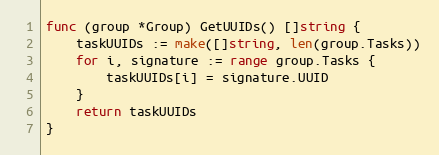
Language: Go
func (group *Group) GetUUIDs() []string {
	taskUUIDs := make([]string, len(group.Tasks))
	for i, signature := range group.Tasks {
		taskUUIDs[i] = signature.UUID
	}
	return taskUUIDs
}